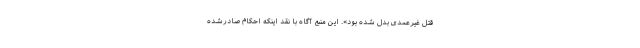
قتل غیرعمدی بدل شده بود». این منبع آگاه با نقد اینکه احکام صادرشده